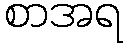
စာအရ